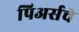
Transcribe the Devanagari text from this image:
पिअर्सचे